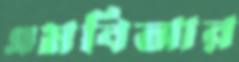
এমবিআর